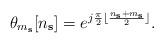
LaTeX: \begin{align*}\mathbf{\theta}_{m_\textbf{s}}[n_\textbf{s}] = e^{j\frac{\pi}{2}\lfloor \frac{n_\textbf{s}+m_\textbf{s}}{2}\rfloor}.\end{align*}